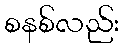
စနစ်လည်း